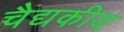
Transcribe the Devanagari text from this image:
चैद्यकीय